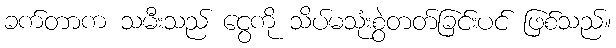
ခက်တာက သမီးသည် ငွေကို သိပ်မသုံးစွဲတတ်ခြင်းပင် ဖြစ်သည်။